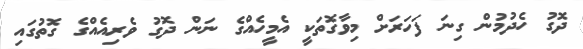
ދޮގު ހެދުމުން ގިނަ ފަހަރަށް މިވާގޮތަކީ އެމީހެއްގެ ނަން ދޮގު ވެރިއެއްގެ ގޮތުގައި